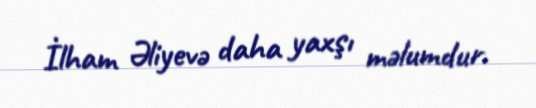
İlham Əliyevə daha yaxşı məlumdur.